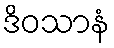
ဒိဝသာနံ